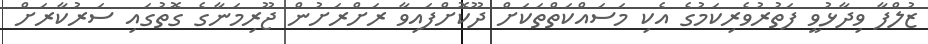
ޒުލްފާ ވިދާޅުވީ ފަތުރުވެރިކަމުގެ އެކި މަސައްކަތްތަކަށް ދޫކޮށްފައިވާ ރަށްރަށުން ޖޫރިމަނާގެ ގޮތުގައި ސަރުކާރަށް